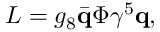
{ \cal L } = g _ { 8 } \bar { \bf q } \Phi \gamma ^ { 5 } { \bf q } ,